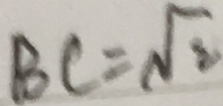
B C = \sqrt { 2 }